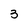
Character: 3